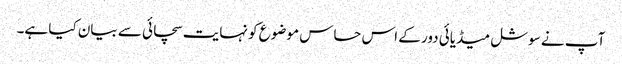
آپ نے سوشل میڈیائی دور کے اس حساس موضوع کو نہایت سچائی سے بیان کیا ہے۔